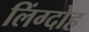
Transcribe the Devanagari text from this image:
लिंग्दोह